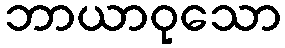
ဘာယာဝုသော